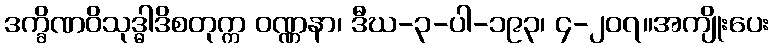
ဒက္ခိဏဝိသုဒ္ဓါဒိစတုက္က ဝဏ္ဏနာ၊ ဒီဃ-၃-ပါ-၁၉၃၊ ၄-၂၀၇။အကျိုးပေး